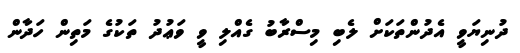
ދުނިޔަވީ އެދުންތަކަށް ލެބި މިސްރާބު ގެއްލި ވީ ވަޢުދު ތަކުގެ މަތިން ހަދާން